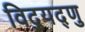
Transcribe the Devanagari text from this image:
विद्युद्णु